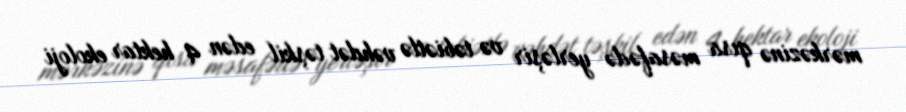
mərkəzinə qısa məsafədə yerləşir və təbiətlə vəhdət təşkil edən 4 hektar ekoloji